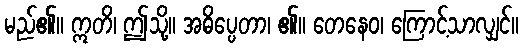
မည်၏။ ဣတိ၊ ဤသို့။ အဓိပ္ပေတာ၊ ၏။ တေနေဝ၊ ကြောင့်သာလျှင်။